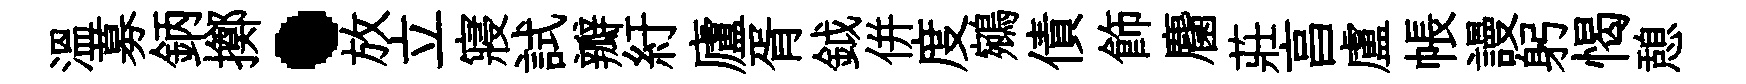
温募鈵擲·放立寢試瓣紆廬胥鉞併度鵷債飾麕莊亯盧帳謾躬愒憩